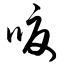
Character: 嗄